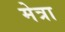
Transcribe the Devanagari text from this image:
मेत्रा